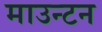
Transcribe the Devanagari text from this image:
माउन्टन